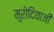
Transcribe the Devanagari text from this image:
मुरोदियाजी